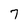
Character: 7